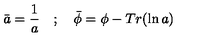
\bar { a } = \frac { 1 } { a } \quad ; \quad \bar { \phi } = \phi - T r ( { \ln a } )